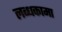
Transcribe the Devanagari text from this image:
लब्धकामा